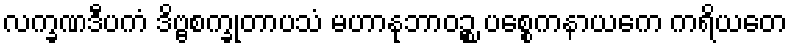
လက္ခဏဒီပကံ ဒိဗ္ဗစက္ခုတာပသံ မဟာနုဘာဝဉ္စ ပစ္စေကနာယကေ ကရိယတေ